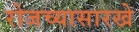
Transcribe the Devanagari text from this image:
रोजच्यासारखे